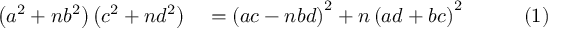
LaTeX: \begin{array} { r l r l r } { \left( a ^ { 2 } + n b ^ { 2 } \right) \left( c ^ { 2 } + n d ^ { 2 } \right) } & { { } { } = \left( a c - n b d \right) ^ { 2 } + n \left( a d + b c \right) ^ { 2 } } & { } & { { } } & { ( 1 ) } \end{array}